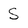
Character: S